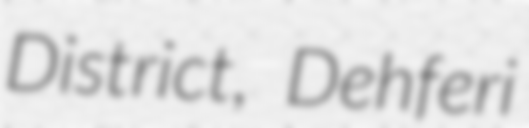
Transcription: District, Dehferi